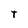
Character: T